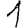
Digit: 1